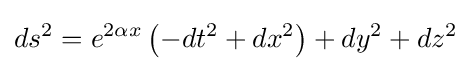
ds^{2}=e^{2\alpha x}\left(-dt^{2}+dx^{2}\right)+dy^{2}+dz^{2}